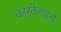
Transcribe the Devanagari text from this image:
कास्तेल्यानो